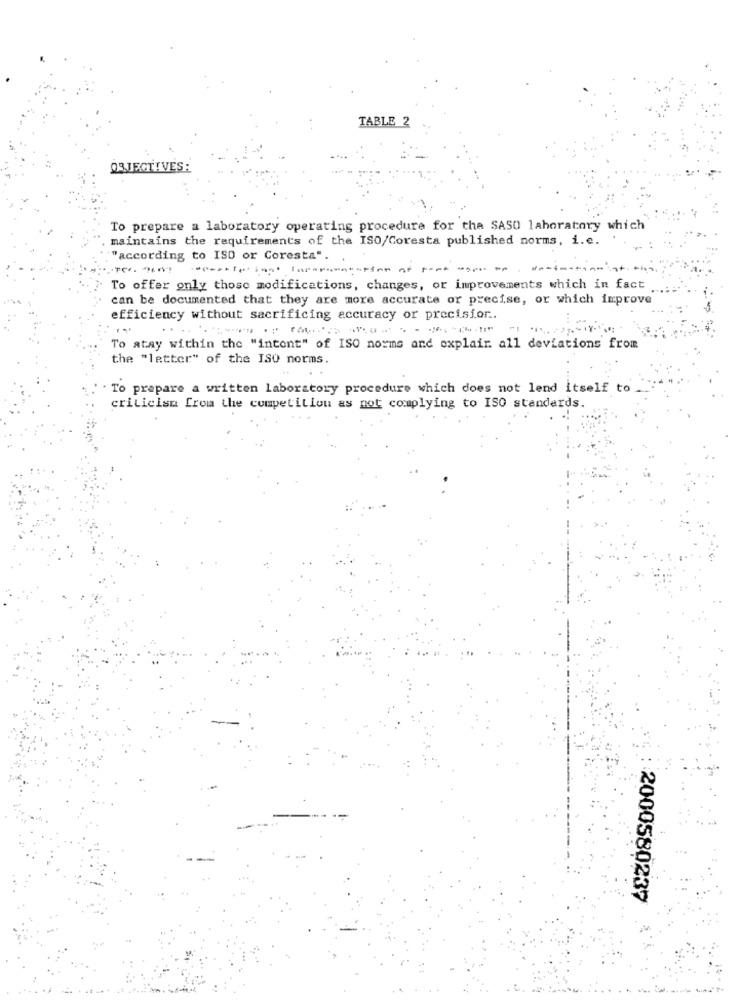
TABLE 2
OBJECTIVES:
To prepare a laboratory operating procedure for the SASO laboratory which
maintains the requirements of the ISO/Coresta published norms, i.e.
"according to ISO or Coresta". .
To offer only those modifications, changes, or improvements which in fact
can be documented that they are more accurate or precise, or which improve
efficiency without sacrificing accuracy or precisfor ..
...
To atay within the "intent" of ISO norms and explain all deviations from
the "letter" of the ISO norms.
To prepare a written laboratory procedure which does not lend itself to
criticism from the competition as not complying to ISO standards.
2000580237